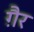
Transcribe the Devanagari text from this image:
गै़र